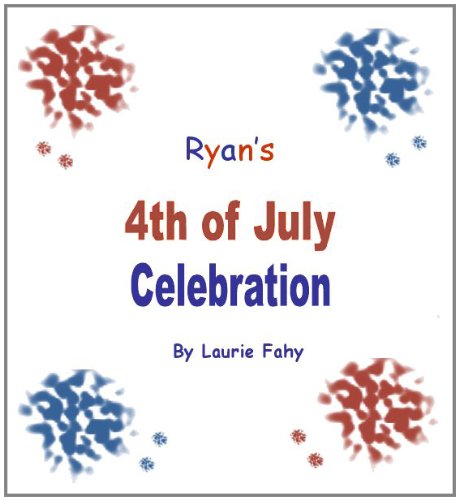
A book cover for Ryan's 4th of July Celebration; Laurie Fahy; Children's Books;